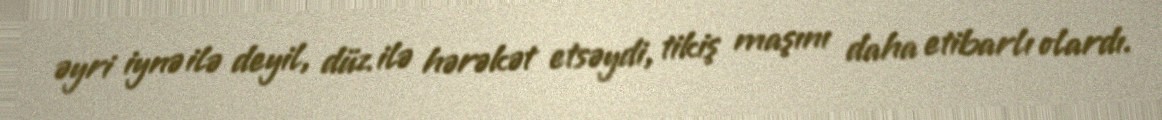
əyri iynə ilə deyil, düz ilə hərəkət etsəydi, tikiş maşını daha etibarlı olardı.